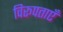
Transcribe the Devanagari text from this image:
विरूपताएँ